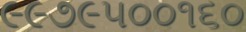
૯૯૭૯૫૦૦૧૬૦